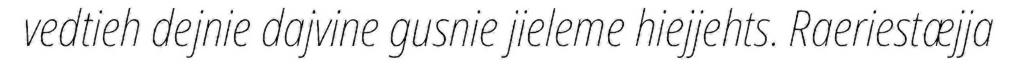
vedtieh dejnie dajvine gusnie jieleme hiejjehts. Raeriestæjja